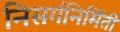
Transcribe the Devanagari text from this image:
निसर्गनिर्मिती